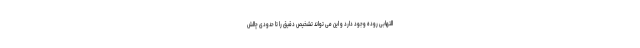
التهابی روده وجود دارد و این می تواند تشخیص دقیق را تا حدودی چالش